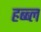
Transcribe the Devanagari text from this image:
हब्ब्ल